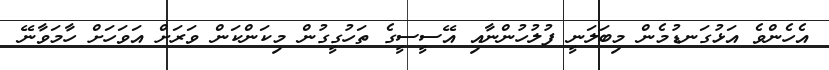
އެހެންވެ އަޅުގަނޑުމެން މިބަލަނީ ފުލުހުންނާއި އޭސީސީގެ ތަހުގީގުން މިކަންކަން ވަރަށް އަވަހަށް ހާމަވާނޭ